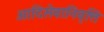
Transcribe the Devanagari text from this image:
आदिसेवानिवृत्ति